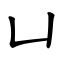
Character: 凵